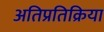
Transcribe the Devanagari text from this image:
अतिप्रतिक्रिया